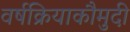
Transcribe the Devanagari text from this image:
वर्षक्रियाकौमुदी